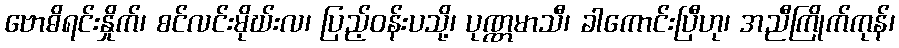
ဗောဓိရင်းနှိုက်၊ စင်လင်းမိုဃ်းလ၊ ပြည့်ဝန်းပသို့၊ ပုဏ္ဏမာသီ၊ ခါကောင်းပြီဟု၊ အညီကြိုက်ကုန်၊